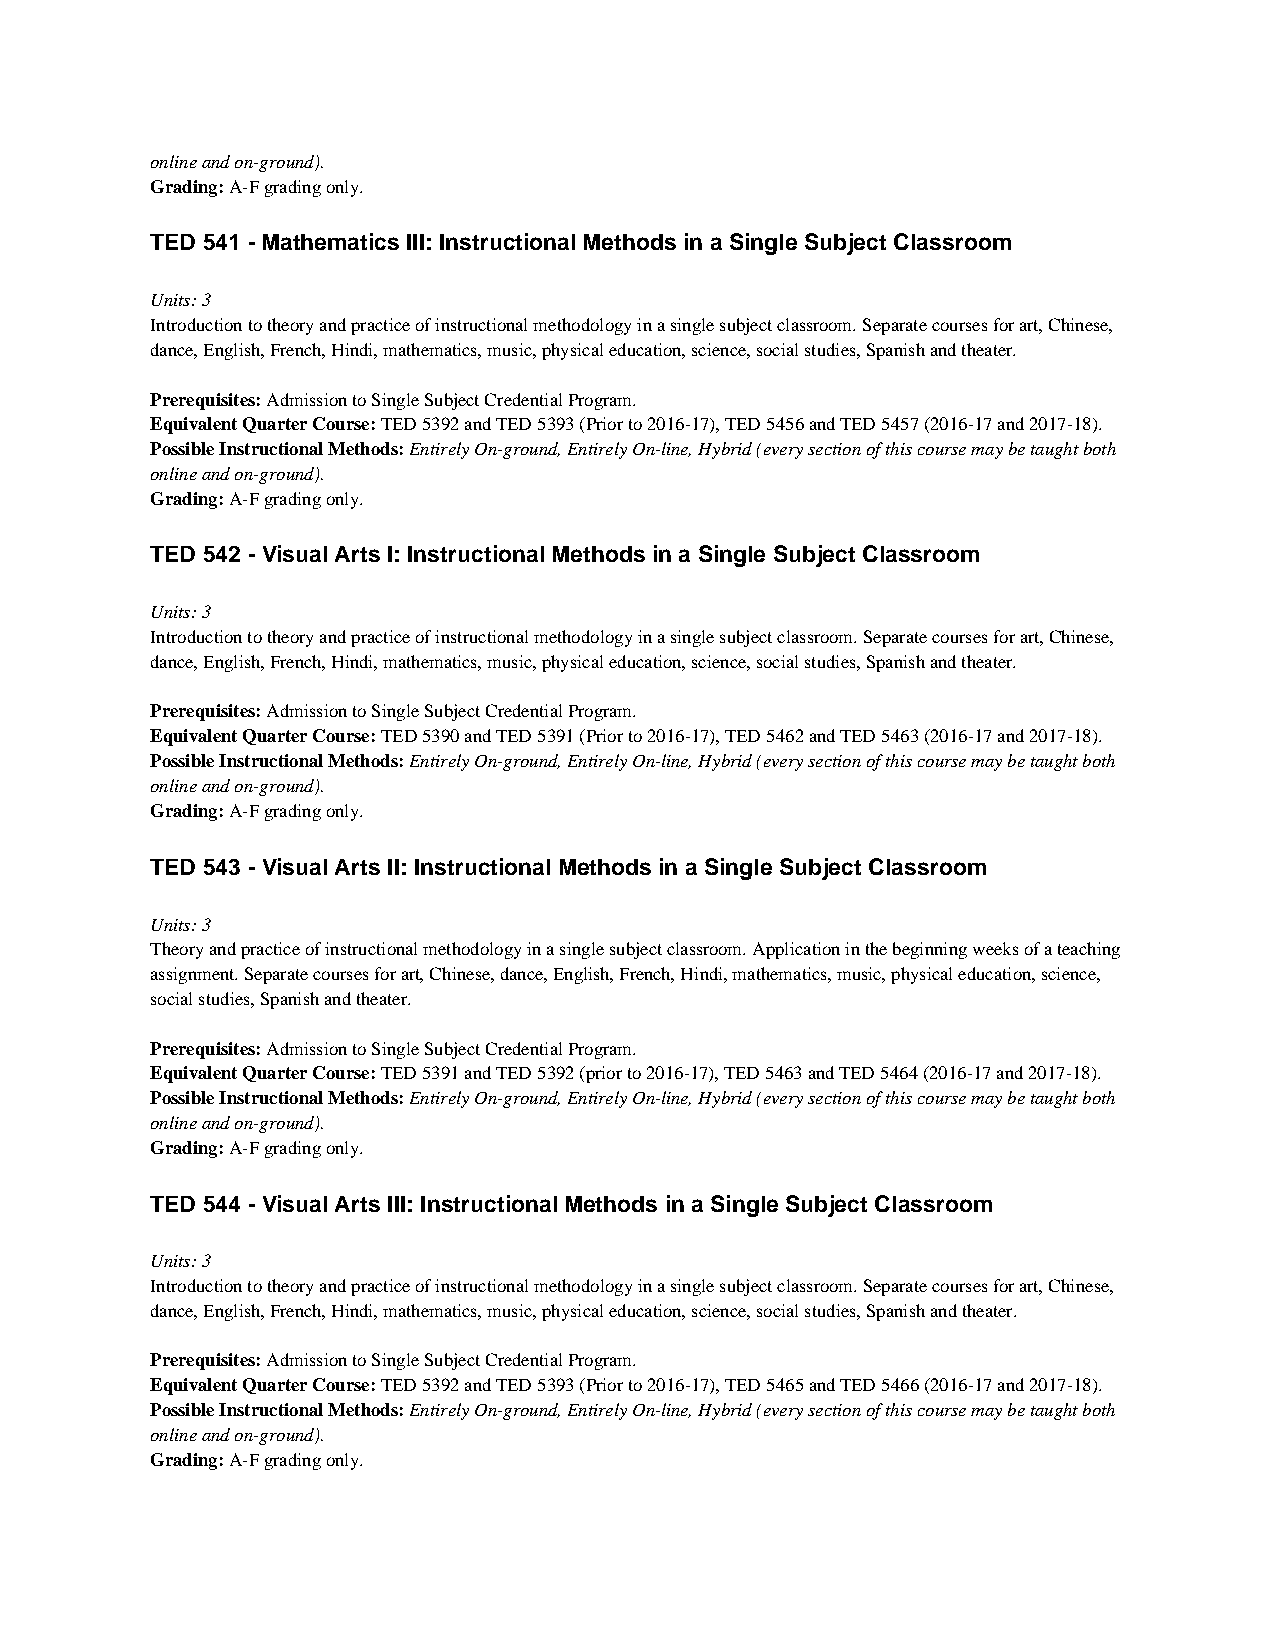
online and on-ground).
 Grading: A-F grading only.
 TED 541 - Mathematics III: Instructional Methods in a Single Subject Classroom
 Units: 3
 Introduction to theory and practice of instructional methodology in a single subject classroom. Separate courses for art, Chinese,
 dance, English, French, Hindi, mathematics, music, physical education, science, social studies, Spanish and theater.
 Prerequisites: Admission to Single Subject Credential Program.
 Equivalent Quarter Course: TED 5392 and TED 5393 (Prior to 2016-17), TED 5456 and TED 5457 (2016-17 and 2017-18).
 Possible Instructional Methods: Entirely On-ground, Entirely On-line, Hybrid (every section of this course may be taught both
 online and on-ground).
 Grading: A-F grading only.
 TED 542 - Visual Arts I: Instructional Methods in a Single Subject Classroom
 Units: 3
 Introduction to theory and practice of instructional methodology in a single subject classroom. Separate courses for art, Chinese,
 dance, English, French, Hindi, mathematics, music, physical education, science, social studies, Spanish and theater.
 Prerequisites: Admission to Single Subject Credential Program.
 Equivalent Quarter Course: TED 5390 and TED 5391 (Prior to 2016-17), TED 5462 and TED 5463 (2016-17 and 2017-18).
 Possible Instructional Methods: Entirely On-ground, Entirely On-line, Hybrid (every section of this course may be taught both
 online and on-ground).
 Grading: A-F grading only.
 TED 543 - Visual Arts II: Instructional Methods in a Single Subject Classroom
 Units: 3
 Theory and practice of instructional methodology in a single subject classroom. Application in the beginning weeks of a teaching
 assignment. Separate courses for art, Chinese, dance, English, French, Hindi, mathematics, music, physical education, science,
 social studies, Spanish and theater.
 Prerequisites: Admission to Single Subject Credential Program.
 Equivalent Quarter Course: TED 5391 and TED 5392 (prior to 2016-17), TED 5463 and TED 5464 (2016-17 and 2017-18).
 Possible Instructional Methods: Entirely On-ground, Entirely On-line, Hybrid (every section of this course may be taught both
 online and on-ground).
 Grading: A-F grading only.
 TED 544 - Visual Arts III: Instructional Methods in a Single Subject Classroom
 Units: 3
 Introduction to theory and practice of instructional methodology in a single subject classroom. Separate courses for art, Chinese,
 dance, English, French, Hindi, mathematics, music, physical education, science, social studies, Spanish and theater.
 Prerequisites: Admission to Single Subject Credential Program.
 Equivalent Quarter Course: TED 5392 and TED 5393 (Prior to 2016-17), TED 5465 and TED 5466 (2016-17 and 2017-18).
 Possible Instructional Methods: Entirely On-ground, Entirely On-line, Hybrid (every section of this course may be taught both
 online and on-ground).
 Grading: A-F grading only.